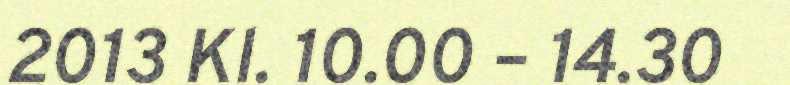
2013 Kl. 10.00 – 14.30